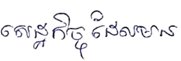
សេដ្ឋកិច្ចដែលមាន